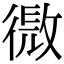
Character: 𢕧